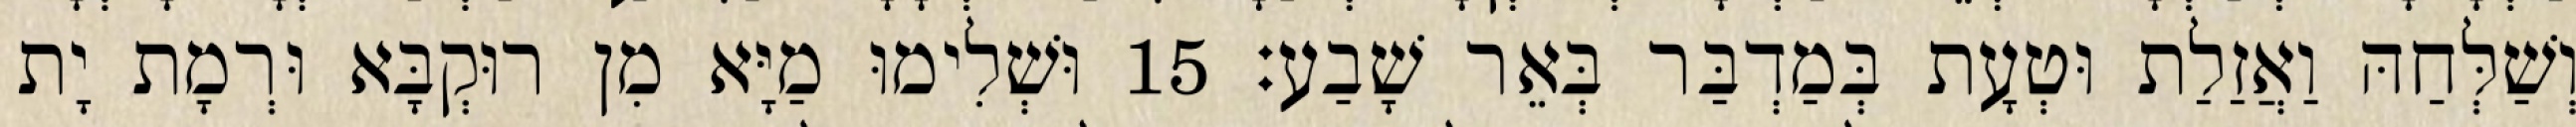
וְשַׁלְּחַהּ וַאֲזַלַת וּטְעָת בְּמַדְבַּר בְּאֵר שָׁבַע׃ 15 וּשְׁלִימוּ מַיָּא מִן רוּקְבָּא וּרְמָת יָת